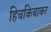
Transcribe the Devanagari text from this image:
हिचकिचाकर